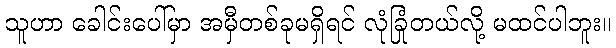
သူဟာ ခေါင်းပေါ်မှာ အမှီတစ်ခုမရှိရင် လုံခြုံတယ်လို့ မထင်ပါဘူး။